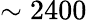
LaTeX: \sim 2400